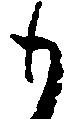
も